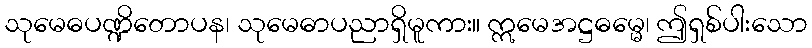
သုမေဓပဏ္ဍိတောပန၊ သုမေဓာပညာရှိမူကား။ ဣမေအဋ္ဌဓမ္မေ၊ ဤရှစ်ပါးသော